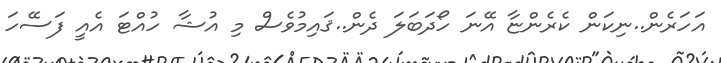
އަހަރެން..ނިކަން ކެރެންޏާ އޭނަ ހޯދަބަލަ ދެން..ޤައިމުވެސް މި އުޝާ ހުއްޓަ އެއީ ފަސޭހަ